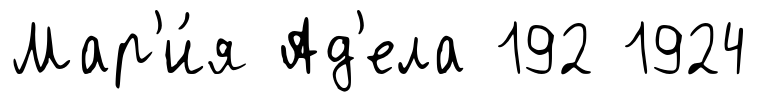
Мар'и́я Ад'ела 192 1924